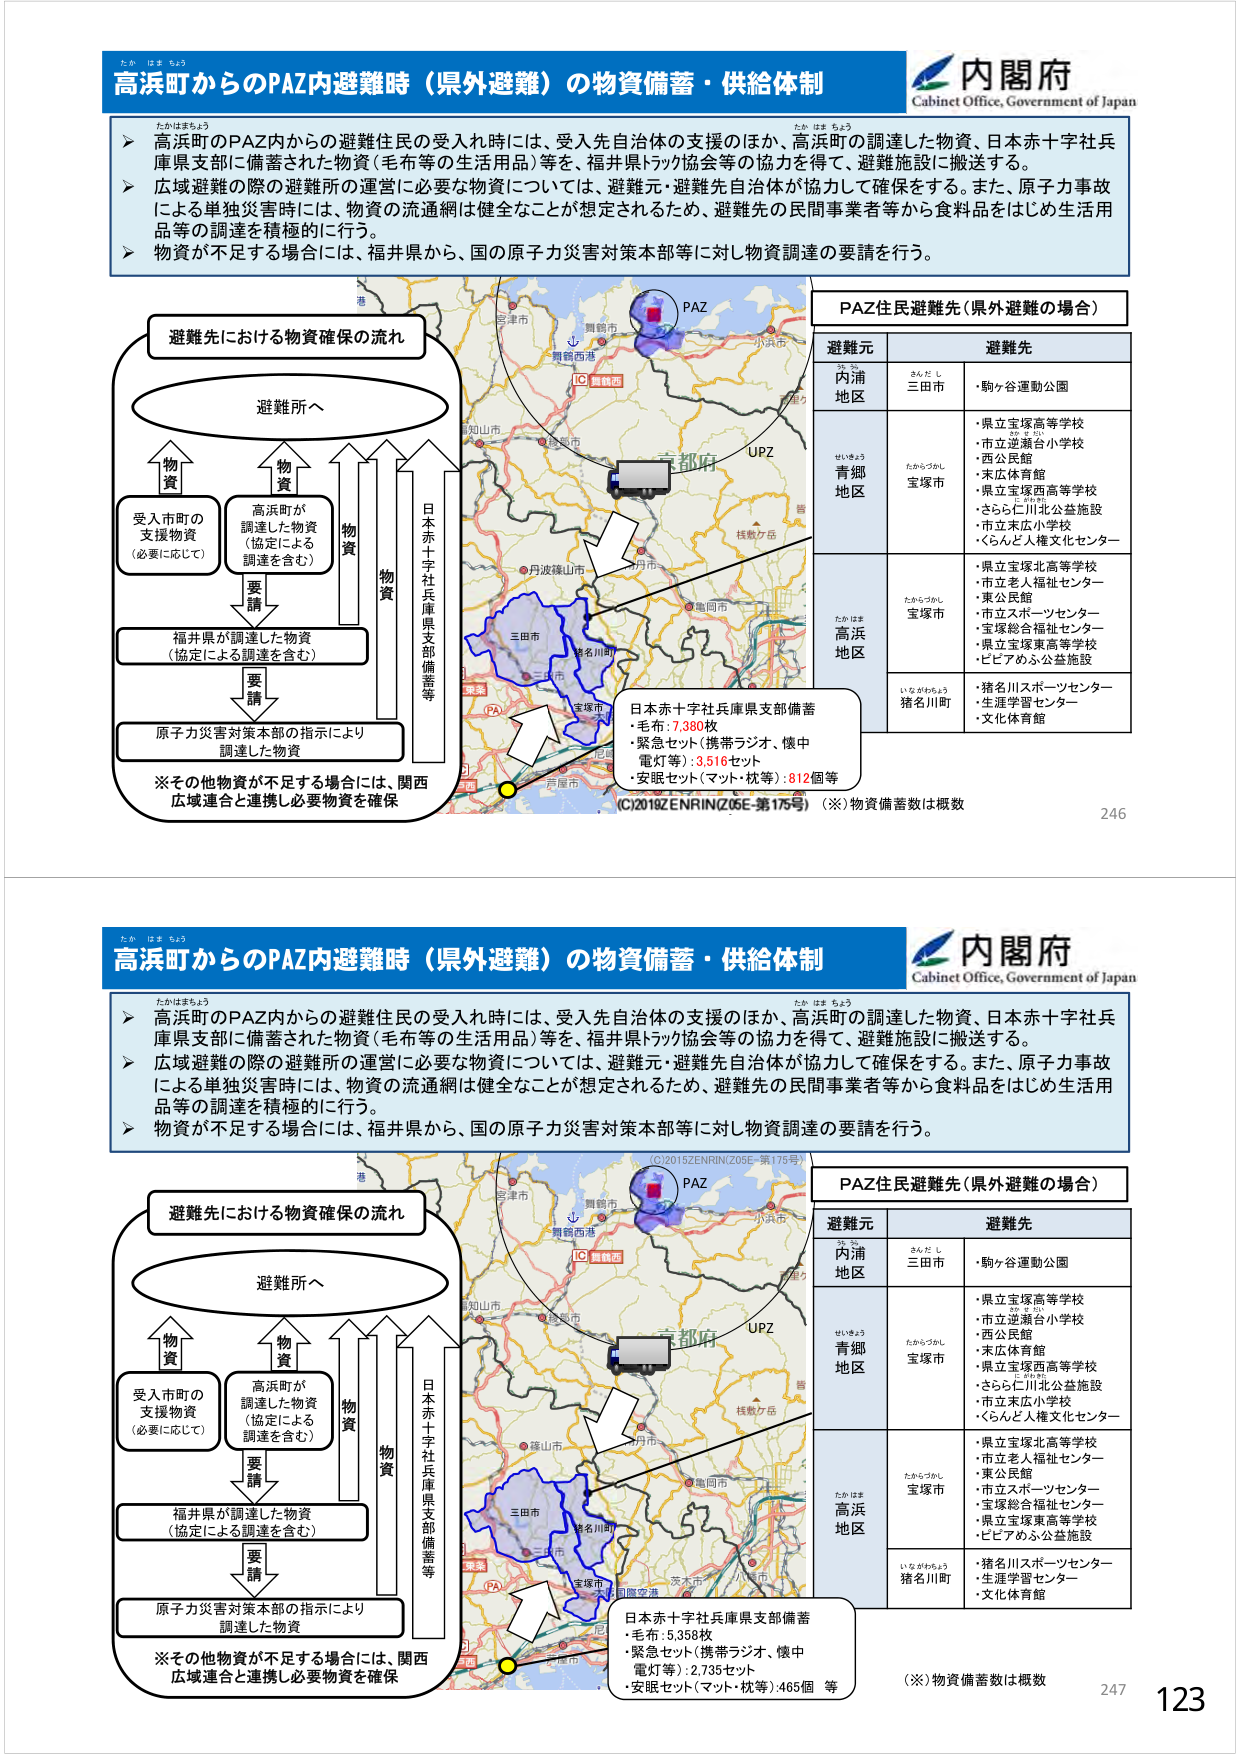
高浜町からのPAZ内避難時（県外避難）の物資備蓄・供給体制
内閣府
Cabinet Office, Government of Japan

▶ 高浜町のPAZ内からの避難住民の受入れ時には、受入先自治体の支援のほか、高浜町の調達した物資、日本赤十字社兵庫県支部に備蓄された物資（毛布等の生活用品）等を、福井県トラック協会等の協力を得て、避難施設に搬送する。
▶ 広域避難の際の避難所の運営に必要な物資については、避難元・避難先自治体が協力して確保をする。また、原子力事故による単独災害時には、物資の流通網は健全なことが想定されるため、避難先の民間事業者等から食料品をはじめ生活用品等の調達を積極的に行う。
▶ 物資が不足する場合には、福井県から、国の原子力災害対策本部等に対し物資調達の要請を行う。

避難先における物資確保の流れ
→ 避難所へ
↑ 物資
↑ 物資
↑ 物資
↑ 物資
受入市町の支援物資（必要に応じて）
高浜町が調達した物資（協定による調達を含む）
福井県が調達した物資（協定による調達を含む）
原子力災害対策本部の指示により調達した物資
※その他物資が不足する場合には、関西広域連合と連携し必要物資を確保

PAZ住民避難先（県外避難の場合）
避難元　　　　　避難先
内浦地区　　　　三田市　　　　・駒ヶ谷運動公園
青郷地区　　　　宝塚市　　　　・県立宝塚高等学校
　　　　　　　　　　　　　　　・市立逆瀬台小学校
　　　　　　　　　　　　　　　・西公民館
　　　　　　　　　　　　　　　・末広体育館
　　　　　　　　　　　　　　　・県立宝塚西高等学校
　　　　　　　　　　　　　　　・さららた川北公益施設
　　　　　　　　　　　　　　　・市立末広小学校
　　　　　　　　　　　　　　　・くらんど人権文化センター
高浜地区　　　　宝塚市　　　　・県立宝塚北高等学校
　　　　　　　　　　　　　　　・市立老人福祉センター
　　　　　　　　　　　　　　　・東公民館
　　　　　　　　　　　　　　　・市立スポーツセンター
　　　　　　　　　　　　　　　・宝塚総合福祉センター
　　　　　　　　　　　　　　　・県立宝塚東高等学校
　　　　　　　　　　　　　　　・ヒビアめふふ公益施設
　　　　　　　　猪名川町　　　・猪名川スポーツセンター
　　　　　　　　　　　　　　　・生涯学習センター
　　　　　　　　　　　　　　　・文化体育館

日本赤十字社兵庫県支部備蓄
・毛布：7,380枚
・緊急セット（携帯ラジオ、懐中電灯等）：3,516セット
・安眠セット（マット・枕等）：812個等

(C)2015ZENRIN(Z05E-第175号) （※）物資備蓄数は概数

高浜町からのPAZ内避難時（県外避難）の物資備蓄・供給体制
内閣府
Cabinet Office, Government of Japan

▶ 高浜町のPAZ内からの避難住民の受入れ時には、受入先自治体の支援のほか、高浜町の調達した物資、日本赤十字社兵庫県支部に備蓄された物資（毛布等の生活用品）等を、福井県トラック協会等の協力を得て、避難施設に搬送する。
▶ 広域避難の際の避難所の運営に必要な物資については、避難元・避難先自治体が協力して確保をする。また、原子力事故による単独災害時には、物資の流通網は健全なことが想定されるため、避難先の民間事業者等から食料品をはじめ生活用品等の調達を積極的に行う。
▶ 物資が不足する場合には、福井県から、国の原子力災害対策本部等に対し物資調達の要請を行う。

避難先における物資確保の流れ
→ 避難所へ
↑ 物資
↑ 物資
↑ 物資
↑ 物資
受入市町の支援物資（必要に応じて）
高浜町が調達した物資（協定による調達を含む）
福井県が調達した物資（協定による調達を含む）
原子力災害対策本部の指示により調達した物資
※その他物資が不足する場合には、関西広域連合と連携し必要物資を確保

PAZ住民避難先（県外避難の場合）
避難元　　　　　避難先
内浦地区　　　　三田市　　　　・駒ヶ谷運動公園
青郷地区　　　　宝塚市　　　　・県立宝塚高等学校
　　　　　　　　　　　　　　　・市立逆瀬台小学校
　　　　　　　　　　　　　　　・西公民館
　　　　　　　　　　　　　　　・末広体育館
　　　　　　　　　　　　　　　・県立宝塚西高等学校
　　　　　　　　　　　　　　　・さららた川北公益施設
　　　　　　　　　　　　　　　・市立末広小学校
　　　　　　　　　　　　　　　・くらんど人権文化センター
高浜地区　　　　宝塚市　　　　・県立宝塚北高等学校
　　　　　　　　　　　　　　　・市立老人福祉センター
　　　　　　　　　　　　　　　・東公民館
　　　　　　　　　　　　　　　・市立スポーツセンター
　　　　　　　　　　　　　　　・宝塚総合福祉センター
　　　　　　　　　　　　　　　・県立宝塚東高等学校
　　　　　　　　　　　　　　　・ヒビアめふふ公益施設
　　　　　　　　猪名川町　　　・猪名川スポーツセンター
　　　　　　　　　　　　　　　・生涯学習センター
　　　　　　　　　　　　　　　・文化体育館

日本赤十字社兵庫県支部備蓄
・毛布：5,358枚
・緊急セット（携帯ラジオ、懐中電灯等）：2,735セット
・安眠セット（マット・枕等）：465個 等

(C)2015ZENRIN(Z05E-第175号) （※）物資備蓄数は概数

246
247
123